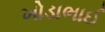
ખોડાભાઈ